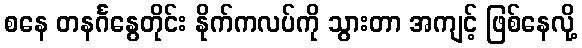
စနေ တနင်္ဂနွေတိုင်း နိုက်ကလပ်ကို သွားတာ အကျင့် ဖြစ်နေလို့